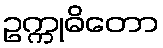
ဥက္ကုဓိတော